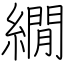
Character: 繝